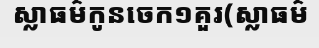
ស្លាធម៌កូនចេក១គួរ(ស្លាធម៌